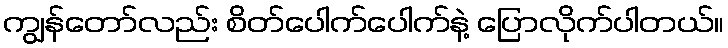
ကျွန်တော်လည်း စိတ်ပေါက်ပေါက်နဲ့ ပြောလိုက်ပါတယ်။